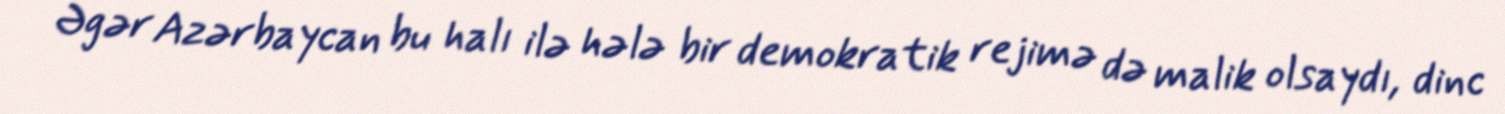
Əgər Azərbaycan bu halı ilə hələ bir demokratik rejimə də malik olsaydı, dinc